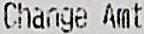
CHANGE AMT